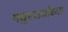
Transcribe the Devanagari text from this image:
मथुराऽयोध्या